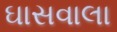
ઘાસવાલા